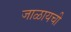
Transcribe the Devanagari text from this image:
जाळायची